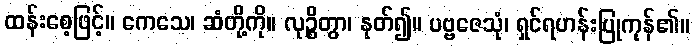
ထန်းစေ့ဖြင့်။ ကေသေ၊ ဆံတို့ကို။ လုဉ္စိတွာ၊ နုတ်၍။ ပဗ္ဗဇေသုံ၊ ရှင်ရဟန်းပြုကုန်၏။